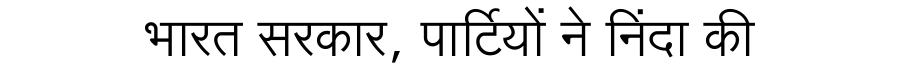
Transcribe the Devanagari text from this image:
भारत सरकार, पार्टियों ने निंदा की